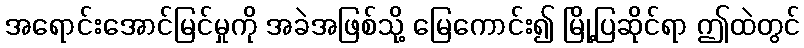
အရောင်းအောင်မြင်မှုကို အခဲအဖြစ်သို့ မြေကောင်း၍ မြို့ပြဆိုင်ရာ ဤထဲတွင်